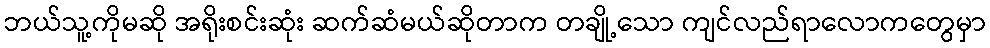
ဘယ်သူ့ကိုမဆို အရိုးစင်းဆုံး ဆက်ဆံမယ်ဆိုတာက တချို့သော ကျင်လည်ရာလောကတွေမှာ